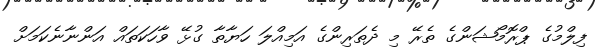
ފިލްމުގެ ޕްރޮމޯޝަންގެ ތެރޭ މި ދެތަރިންގެ އަމިއްލަ ހަޔާތާ ގުޅޭ ވާހަކަތައް އަންނާނެކަމަށް